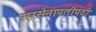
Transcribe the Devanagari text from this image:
सरसेनापतीपदी